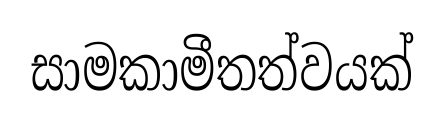
සාමකාමීතත්වයක්